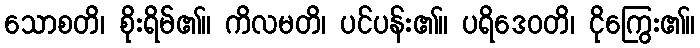
သောစတိ၊ စိုးရိမ်၏။ ကိလမတိ၊ ပင်ပန်း၏။ ပရိဒေဝတိ၊ ငိုကြွေး၏။